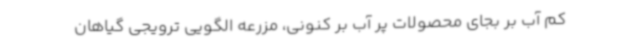
کم آب بر بجای محصولات پر آب بر کنونی، مزرعه الگویی ترویجی گیاهان